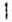
1